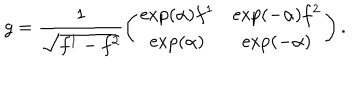
LaTeX: g = \frac { 1 } { \sqrt { f ^ { 1 } - f ^ { 2 } } } \left( \begin{array} { c c } { { \exp ( \alpha ) f ^ { 1 } } } & { { \exp ( - \alpha ) f ^ { 2 } } } \\ { { \exp ( \alpha ) } } & { { \exp ( - \alpha ) } } \\ \end{array} \right) .